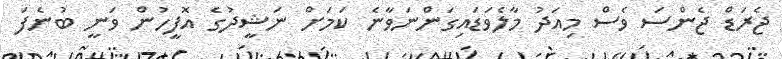
ޖެރަޑް ޖެންސަ ވެސް މިއަދު މާލެވަޑައިގަންނަވާނެ ކަމަށް ނަޝީދުގެ އޮފީހުން ވަނީ ބުނެފަ